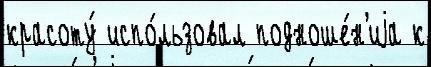
красоту́ испо́льзовал подноше́н'иjа к